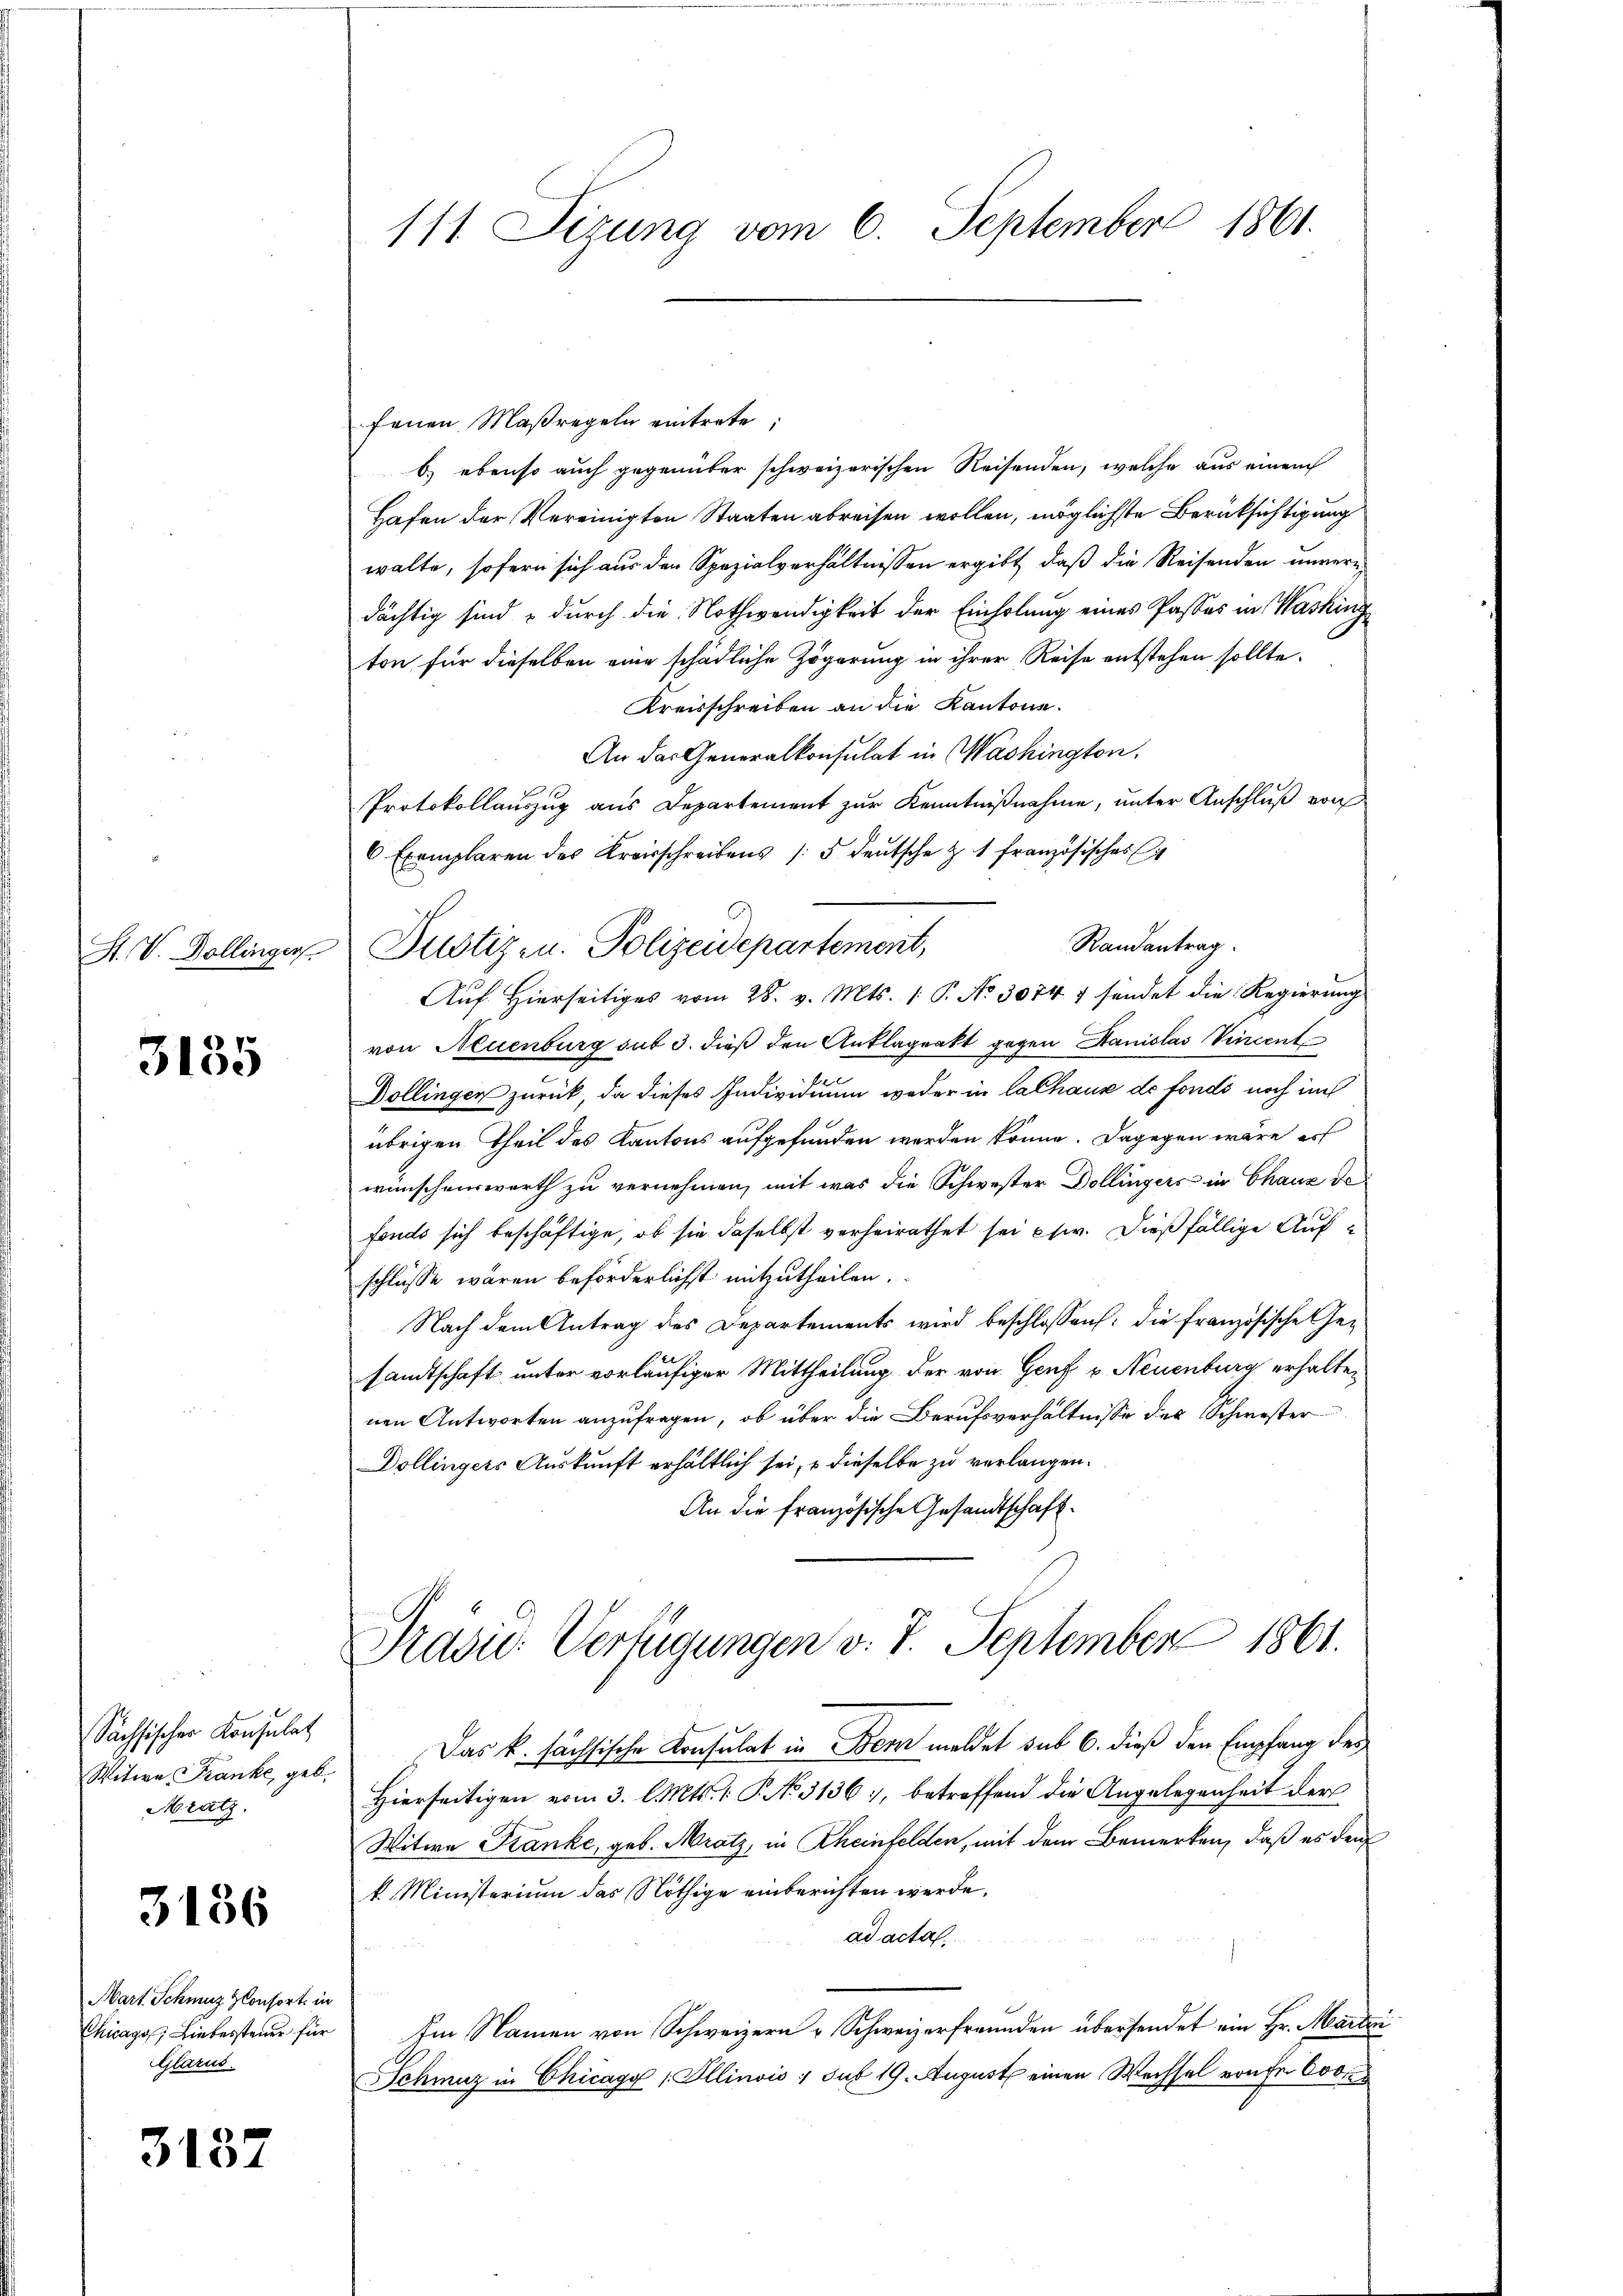
S. V. Dollingers.

3135

Sächsischer Konsulat
Witwe Franke, geb.
Mratz.

3186

Mart Schmuz Consort in
Chicago, Liebessteuer für
Glarus.

3137

111 Sizung vom 6. September 1861.

fenen Maßregeln eintrete;
b) ebenso auch gegenüber schweizerischen Reisenden, welche aus einem
Hafen der Vereinigten Staaten abreisen wollen, möglichste Berücksichtigung
walte, sofern sich aus den Spezialverhältnissen ergibt, daß die Reisenden unverdächtig sind & durch die Nothwendigkeit der Einholung eines Passes in Washing
ton für dieselben eine schädliche Zögerung in ihrer Reise entstehen sollte.
Kreisschreiben an die Kantone.
An das Generalkonsulat in Washington,
Protokollauszug aus Departement zur Kenntnißnahme, unter Anschluß von
6 Exemplaren des Kreisschreibens 15 deŭtsche Z. 1 französisches
Randantrag.
Auf Hierseitiges vom 28. v. Mts. 1. P. No 30747 sendet die Regierung
von Neuenburg sut 3. dieß den Anklageakt gegen Stanislas Vincent
Dollingen zurück, da dieses Individuum weder in Cathause de fonds noch im
übrigen Theil des Kantons aufgefunden werden könne. Dagegen wäre er
wünschenswerth zu vernehmen, mit was die Schwester Dollingers in Chaus de
fonds sich beschäftige, ob sie daselbst verheirathet sei ehw. dießfällige Aufschlüsse wären beförderlichst mitzutheilen.
Nach dem Antrag des Departements wird beschlossen: die französische Gesandtschaft unter vorläufiger Mittheilung der von Genf v. Neuenburg erhalten
nen Antworten anzufragen, ob über die Berufsverhältnisse des Schwester
Dollingers Auskunft erhältlich sei, u dieselbe zu verlangen.
An die französische Gesandtschaft.

Justiz- u. Polizeidepartement,

Präsid. Verfügungen v. 7. September 1861.

Das k. sächsische Konsulat in Bern meldet sub 6. dieß den Empfang des
Hierseitigen vom 3. l. Mts. 1. P. No. 3136, betreffend die Angelegenheit der
Witwe Kranke, geb. Mratz, in Rheinfelden, mit dem Bemerken, daß es den
k. Ministerium das Nöthige einberichten werde,
ad acta.
Im Namen von Schweizern u Schweizerfreunden übersendet ein Hr. Martei
Schmuz in Chicago / Illinois ; sub 19. August einen Wachsel von Fr. 600